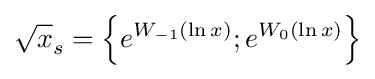
{\sqrt {x}}_{s}=\left\{e^{W_{-1}(\ln x)};e^{W_{0}(\ln x)}\right\}